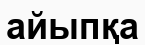
айыпқа